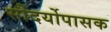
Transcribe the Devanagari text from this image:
सौंदर्योपासक